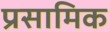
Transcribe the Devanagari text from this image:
प्रसामिक